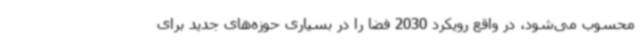
محسوب می‌شود، در واقع رویکرد 2030 فضا را در بسیاری حوزه‌های جدید برای